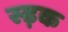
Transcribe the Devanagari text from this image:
स्ड़क